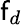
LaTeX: \mathsf{f}_{d}